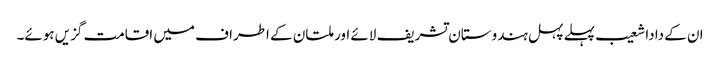
ان کے دادا شعیب پہلے پہل ہندوستان تشریف لائے اور ملتان کے اطراف میں اقامت گزیں ہوئے۔